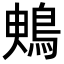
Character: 𪀙